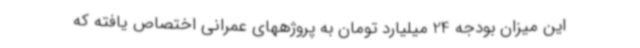
این میزان بودجه 24 میلیارد تومان به پروژههای عمرانی اختصاص یافته که